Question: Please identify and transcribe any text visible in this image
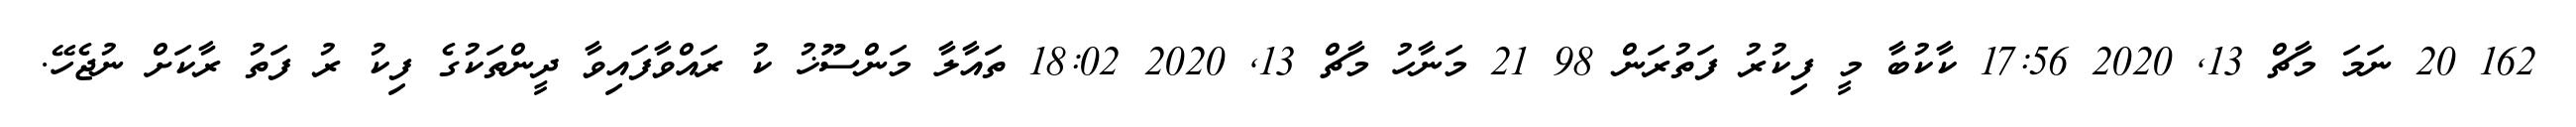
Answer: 162 20 ނަމަ މާޗް 13, 2020 17:56 ކާކުބާ މީ ފިކުރު ފަތުރަން 98 21 މަނާހު މާޗް 13, 2020 18:02 ތައާލާ މަންސޫޚު ކު ރައްވާފައިވާ ދީންތަކުގެ ފިކު ރު ފަތު ރާކަށް ނުޖެހޭ.